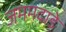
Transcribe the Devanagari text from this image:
जममदाडे